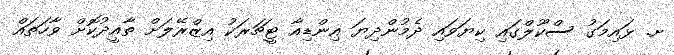
ށ. ޅައިމަގު ސްކޫލްގައި ކިޔަވައި ދެމުންދިޔަ އިންޑިއާ ޓީޗަރަކު އިޒްރޭލަށް ތާއީދުކޮށް ވާހަތައް